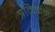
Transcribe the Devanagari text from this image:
त्रम्प्किन